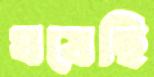
ঘষেছি